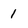
Character: 1